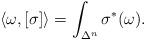
LaTeX: \begin{align*}\langle\omega,[\sigma]\rangle = \int_{\Delta^n}\sigma^*(\omega).\end{align*}